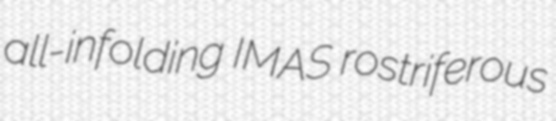
all-infolding IMAS rostriferous